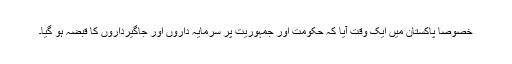
خصوصاً پاکستان میں ایک وقت آیا کہ حکومت اور جمہوریت پر سرمایہ داروں اور جاگیرداروں کا قبضہ ہو گیا۔